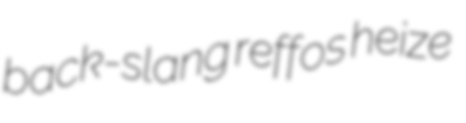
back-slang reffos heize